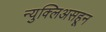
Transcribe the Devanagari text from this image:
न्युक्लिअसहून